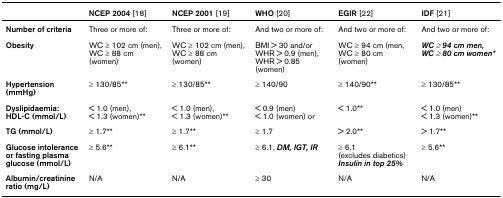
<table><thead><tr><td></td><td><b>NCEP 2004 [18]</b></td><td><b>NCEP 2001 [19]</b></td><td><b>WHO [20]</b></td><td><b>EGIR [22]</b></td><td><b>IDF [21]</b></td></tr></thead><tbody><tr><td><b>Number of criteria</b></td><td>Three or more of:</td><td>Three or more of:</td><td>And two or more of:</td><td>And two or more of:</td><td>And two or more of:</td></tr><tr><td><b>Obesity</b></td><td>WC ≥ 102 cm (men), WC ≥ 88 cm (women)</td><td>WC ≥ 102 cm (men), WC ≥ 88 cm (women)</td><td>BMI &gt; 30 and/or WHR &gt; 0.9 (men), WHR &gt; 0.85 (women)</td><td>WC ≥ 94 cm (men, WC ≥ 80 cm (women)</td><td><b><i>WC ≥ 94 cm men, WC ≥ 80 cm women*</i></b></td></tr><tr><td><b>Hypertension (mmHg)</b></td><td>≥ 130/85**</td><td>≥ 130/85**</td><td>≥ 140/90</td><td>≥ 140/90**</td><td>≥ 130/85**</td></tr><tr><td><b>Dyslipidaemia:</b><b>HDL-C (mmol/L)</b></td><td>&lt; 1.0 (men),&lt; 1.3 (women)**</td><td>&lt; 1.0 (men),&lt; 1.3 (women)**</td><td>&lt; 0.9 (men)&lt; 1.0 (women) or</td><td>&lt; 1.0**</td><td>&lt; 1.0 (men)&lt; 1.3 (women)**</td></tr><tr><td><b>TG (mmol/L)</b></td><td>≥ 1.7**</td><td>≥ 1.7**</td><td>≥ 1.7</td><td>&gt; 2.0**</td><td>&gt; 1.7**</td></tr><tr><td><b>Glucose intolerance or fasting plasma glucose (mmol/L)</b></td><td>≥ 5.6**</td><td>≥ 6.1**</td><td>≥ 6.1, <b><i>DM, IGT, IR</i></b></td><td>≥ 6.1 (excludes diabetics)<b><i>Insulin in top 25%</i></b></td><td>≥ 5.6**</td></tr><tr><td><b>Albumin/creatinine ratio (mg/L)</b></td><td>N/A</td><td>N/A</td><td>≥ 30</td><td>N/A</td><td>N/A</td></tr></tbody></table>